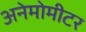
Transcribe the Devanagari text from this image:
अनेमोमीटर